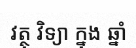
វត្ថុ វិទ្យា ក្នុង ឆ្នាំ